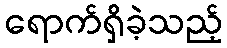
ရောက်ရှိခဲ့သည့်